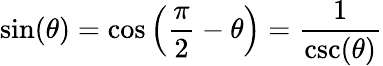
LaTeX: \sin(\theta)=\cos\left({\frac{\pi}{2}}-\theta\right)={\frac{1}{\csc(\theta)}}